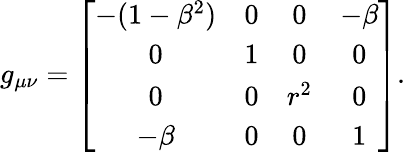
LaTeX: g_{\mu\nu}=\left[\begin{array}{cccc}{-(1-\beta^{2})}&{0}&{0}&{-\beta}\\ {0}&{1}&{0}&{0}\\ {0}&{0}&{r^{2}}&{0}\\ {-\beta}&{0}&{0}&{1}\end{array}\right].